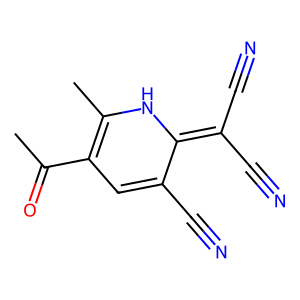
SMILES: CC(=O)C1=C(C)NC(=C(C#N)C#N)C(C#N)=C1
Inhibits HIV replication: No